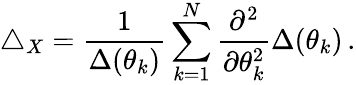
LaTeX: \triangle_{X}=\frac{1}{\Delta(\theta_{k})}\sum_{k=1}^{N}\frac{\partial^{2}}{\partial\theta_{k}^{2}}\Delta(\theta_{k})\, .